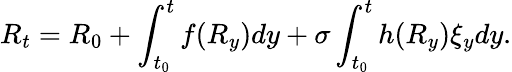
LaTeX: R_{t}=R_{0}+\int_{t_{0}}^{t}f(R_{y})dy+\sigma\int_{t_{0}}^{t}h(R_{y})\xi_{y}dy.